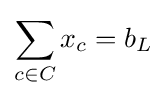
\sum _{c\in C}x_{c}=b_{L}